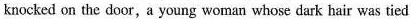
knocked on the door,a young woman whose dark hair was tied